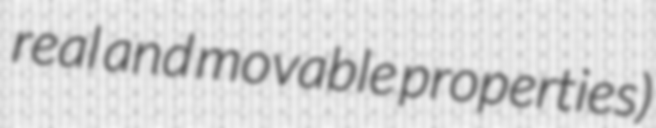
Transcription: real and movable properties)